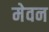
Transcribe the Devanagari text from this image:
मेवन